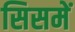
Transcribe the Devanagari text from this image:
सिसमें